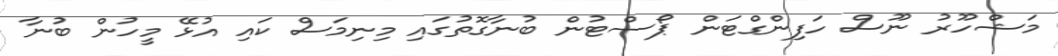
މަޝްހޫރު ނޫސް ހަފިންގްޓަން ޕޯސްޓުން ބުނާގޮތުގައި މިނިމަސް ކައި އުޅޭ މީހުން ބުނާ